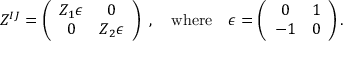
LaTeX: Z ^ { I J } = \left( \begin{array} { c c } { { Z _ { 1 } \epsilon } } & { { 0 } } \\ { { 0 } } & { { Z _ { 2 } \epsilon } } \end{array} \right) \ , \quad \mathrm { w h e r e } \quad \epsilon = \left( \begin{array} { c c } { { 0 } } & { { 1 } } \\ { { - 1 } } & { { 0 } } \end{array} \right) .